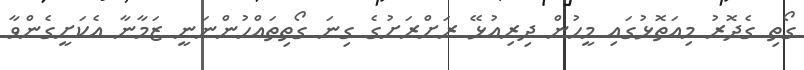
ގޯތި ގެދޮރު މިއަތޮޅުގައި މީހުން ދިރިއުޅޭ ރަށްރަށުގެ ގިނަ ގޯތިތައްހުންނަނީ ޒަމާނާ އެކަށީގެންވާ